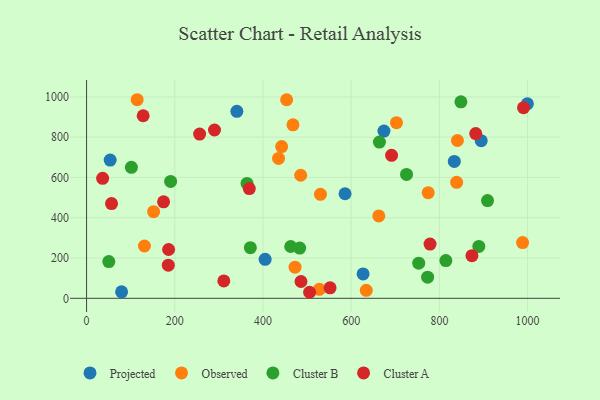
{"axis": {"x": "Engine Size", "y": "Demand"}, "legend": ["Cluster A", "Cluster B", "Observed", "Projected"], "data": [{"x": "586.1", "y": 519.0, "type": "Projected"}, {"x": "627.0", "y": 120.8, "type": "Projected"}, {"x": "79.4", "y": 32.0, "type": "Projected"}, {"x": "833.8", "y": 679.6, "type": "Projected"}, {"x": "894.8", "y": 782.7, "type": "Projected"}, {"x": "404.9", "y": 193.5, "type": "Projected"}, {"x": "340.8", "y": 928.0, "type": "Projected"}, {"x": "999.5", "y": 965.8, "type": "Projected"}, {"x": "53.5", "y": 686.2, "type": "Projected"}, {"x": "674.3", "y": 830.0, "type": "Projected"}, {"x": "839.1", "y": 575.5, "type": "Observed"}, {"x": "662.6", "y": 408.8, "type": "Observed"}, {"x": "152.0", "y": 429.8, "type": "Observed"}, {"x": "472.7", "y": 154.4, "type": "Observed"}, {"x": "988.6", "y": 276.5, "type": "Observed"}, {"x": "114.7", "y": 985.8, "type": "Observed"}, {"x": "702.7", "y": 871.8, "type": "Observed"}, {"x": "634.2", "y": 39.8, "type": "Observed"}, {"x": "442.3", "y": 753.2, "type": "Observed"}, {"x": "774.6", "y": 524.4, "type": "Observed"}, {"x": "453.6", "y": 985.6, "type": "Observed"}, {"x": "527.8", "y": 44.6, "type": "Observed"}, {"x": "530.3", "y": 516.0, "type": "Observed"}, {"x": "840.9", "y": 783.4, "type": "Observed"}, {"x": "485.5", "y": 610.9, "type": "Observed"}, {"x": "131.2", "y": 259.6, "type": "Observed"}, {"x": "468.0", "y": 861.0, "type": "Observed"}, {"x": "435.3", "y": 694.2, "type": "Observed"}, {"x": "909.2", "y": 485.0, "type": "Cluster B"}, {"x": "773.3", "y": 105.1, "type": "Cluster B"}, {"x": "363.8", "y": 570.5, "type": "Cluster B"}, {"x": "190.6", "y": 580.0, "type": "Cluster B"}, {"x": "371.4", "y": 251.4, "type": "Cluster B"}, {"x": "725.5", "y": 614.8, "type": "Cluster B"}, {"x": "462.9", "y": 257.1, "type": "Cluster B"}, {"x": "483.2", "y": 249.4, "type": "Cluster B"}, {"x": "848.8", "y": 975.6, "type": "Cluster B"}, {"x": "753.1", "y": 174.3, "type": "Cluster B"}, {"x": "664.0", "y": 775.7, "type": "Cluster B"}, {"x": "889.4", "y": 257.3, "type": "Cluster B"}, {"x": "101.6", "y": 650.4, "type": "Cluster B"}, {"x": "814.6", "y": 187.3, "type": "Cluster B"}, {"x": "50.4", "y": 182.3, "type": "Cluster B"}, {"x": "873.8", "y": 211.8, "type": "Cluster A"}, {"x": "56.6", "y": 470.4, "type": "Cluster A"}, {"x": "256.3", "y": 815.2, "type": "Cluster A"}, {"x": "552.1", "y": 51.9, "type": "Cluster A"}, {"x": "36.4", "y": 595.7, "type": "Cluster A"}, {"x": "778.8", "y": 269.4, "type": "Cluster A"}, {"x": "128.3", "y": 906.3, "type": "Cluster A"}, {"x": "186.0", "y": 242.2, "type": "Cluster A"}, {"x": "174.6", "y": 478.8, "type": "Cluster A"}, {"x": "691.6", "y": 709.9, "type": "Cluster A"}, {"x": "311.2", "y": 86.2, "type": "Cluster A"}, {"x": "882.4", "y": 817.6, "type": "Cluster A"}, {"x": "369.0", "y": 544.9, "type": "Cluster A"}, {"x": "990.8", "y": 946.4, "type": "Cluster A"}, {"x": "505.7", "y": 29.9, "type": "Cluster A"}, {"x": "185.3", "y": 164.6, "type": "Cluster A"}, {"x": "290.1", "y": 835.5, "type": "Cluster A"}, {"x": "486.2", "y": 83.3, "type": "Cluster A"}]}